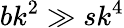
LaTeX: bk^{2}\gg sk^{4}